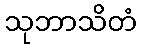
သုဘာသိတံ